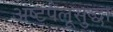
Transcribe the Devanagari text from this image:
अष्टपैलूसुद्धा